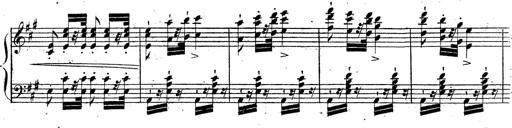
Title: Grande fantaisie sur la tyrolienne de l'opÃ©ra
Composer: Franz Liszt
Key: A major